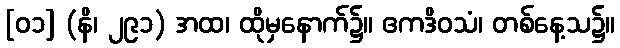
[၀၁] (နိ၊ ၂၉၁) အထ၊ ထိုမှနောက်၌။ ဧကဒိဝသံ၊ တစ်နေ့သ၌။